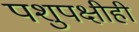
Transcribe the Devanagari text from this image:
पशुपक्षीही